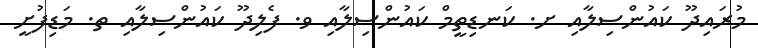
މުރައިދޫ ކައުންސިލާއި ށ. ކަނޑިތީމް ކައުންސިލާއި ވ. ފެލިދޫ ކައުންސިލާއި ތ. މަޑިފުށީ